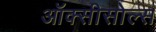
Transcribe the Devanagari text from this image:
ऑक्सीसोल्स